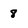
Character: 8